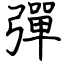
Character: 彈